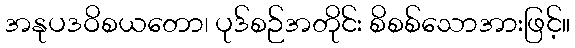
အနုပဒဝိစယတော၊ ပုဒ်စဉ်အတိုင်း စိစစ်သောအားဖြင့်။